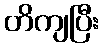
တိကျပြီး